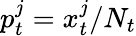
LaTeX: p_{t}^{j}=x_{t}^{j}/N_{t}